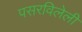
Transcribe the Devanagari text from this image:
पसरविलेली